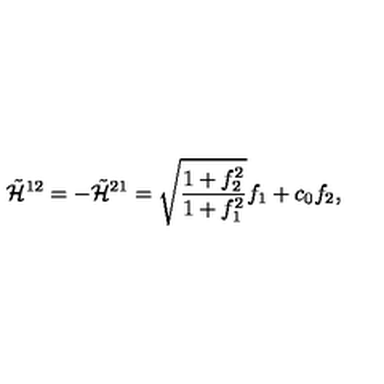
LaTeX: \tilde { { \cal H } } ^ { 1 2 } = - \tilde { { \cal H } } ^ { 2 1 } = \sqrt { \frac { 1 + f _ { 2 } ^ { 2 } } { 1 + f _ { 1 } ^ { 2 } } } f _ { 1 } + c _ { 0 } f _ { 2 } , \nonumber